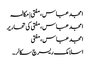
امجد عباس، مفتی | مکالمہ
امجد عباس، مفتی کی تحاریر
امجد عباس، مفتی
اسلامک ریسرچ سکالر۔